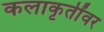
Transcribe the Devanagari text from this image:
कलाकृतींवर